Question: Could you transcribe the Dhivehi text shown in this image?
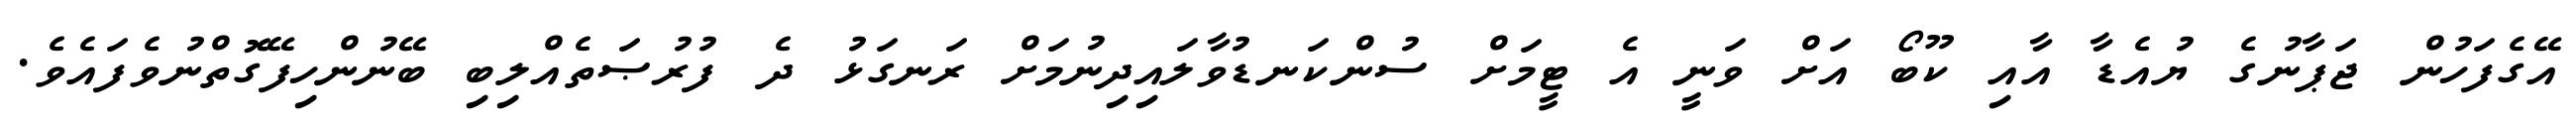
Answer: އޭގެފަހުން ޖަޕާނުގެ ޔުއެޑާ އާއި ކޫބޯ އަށް ވަނީ އެ ޓީމަށް ސުންކަނޑުވާލައިދިނުމަށް ރަނގަޅު ދެ ފުރުޞަތެއްލިބި ބޭނުންހިފޭގޮތްނުވެފައެވެ.